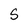
Character: S